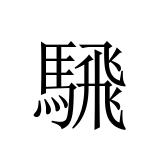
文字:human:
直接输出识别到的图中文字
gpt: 騛